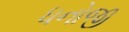
ધનોજી